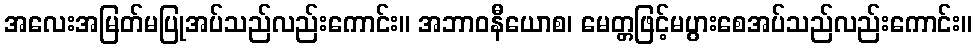
အလေးအမြတ်မပြုအပ်သည်လည်းကောင်း။ အဘာဝနီယောစ၊ မေတ္တဖြင့်မပွားစေအပ်သည်လည်းကောင်း။